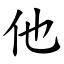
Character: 他